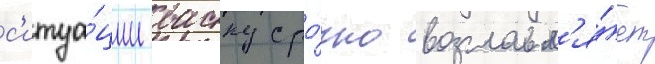
с'итуа́ции васку сро́чно возглавл'я́ет